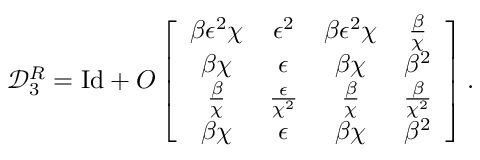
\mathcal { D } _ { 3 } ^ { R } = \mathrm { I d } + O \left[ \begin{array} { c c c c } { \beta \epsilon ^ { 2 } \chi } & { \epsilon ^ { 2 } } & { \beta \epsilon ^ { 2 } \chi } & { \frac { \beta } { \chi } } \\ { \beta \chi } & { \epsilon } & { \beta \chi } & { \beta ^ { 2 } } \\ { \frac { \beta } { \chi } } & { \frac { \epsilon } { \chi ^ { 2 } } } & { \frac { \beta } { \chi } } & { \frac { \beta } { \chi ^ { 2 } } } \\ { \beta \chi } & { \epsilon } & { \beta \chi } & { \beta ^ { 2 } } \end{array} \right] .